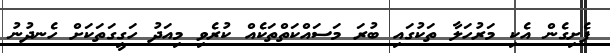
ފެށިގެން އެކި މަރުހަލާ ތަކުގައި ބުރަ މަސައްކަތްތަކެއް ކުރެވި މިއަދު ހަގީގަތަކަށް ހެނދުނު